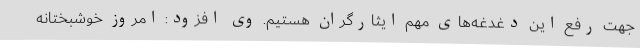
جهت رفع این دغدغه‌های مهم ایثارگران هستیم. وی افزود: امروز خوشبختانه